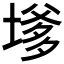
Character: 𭏔